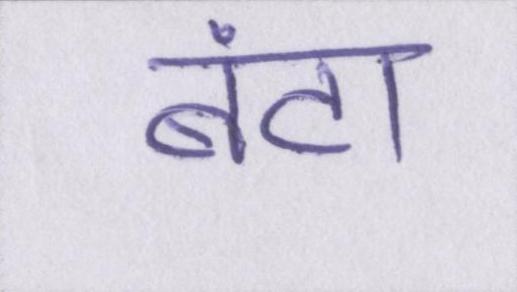
बंटा